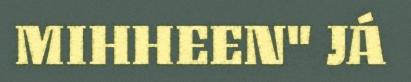
MIHHEEN" JÁ